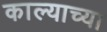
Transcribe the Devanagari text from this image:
काल्याच्या